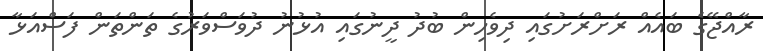
ރާއްޖޭގެ ބައެއް ރަށްރަށުގައި ދިވެހިން ބުދު ދީނުގައި އުޅުނު ދުވަސްވަރުގެ ތަންތަން ފަސްއަޅާ